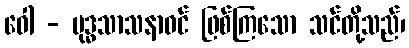
ဝေါ - ဗုဒ္ဓသာသနာဝင် ဖြစ်ကြသော သင်တို့သည်၊